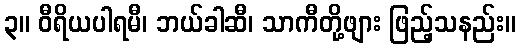
၃။ ဝီရိယပါရမီ၊ ဘယ်ခါဆီ၊ သာကီတို့ဖျား ဖြည့်သနည်း။